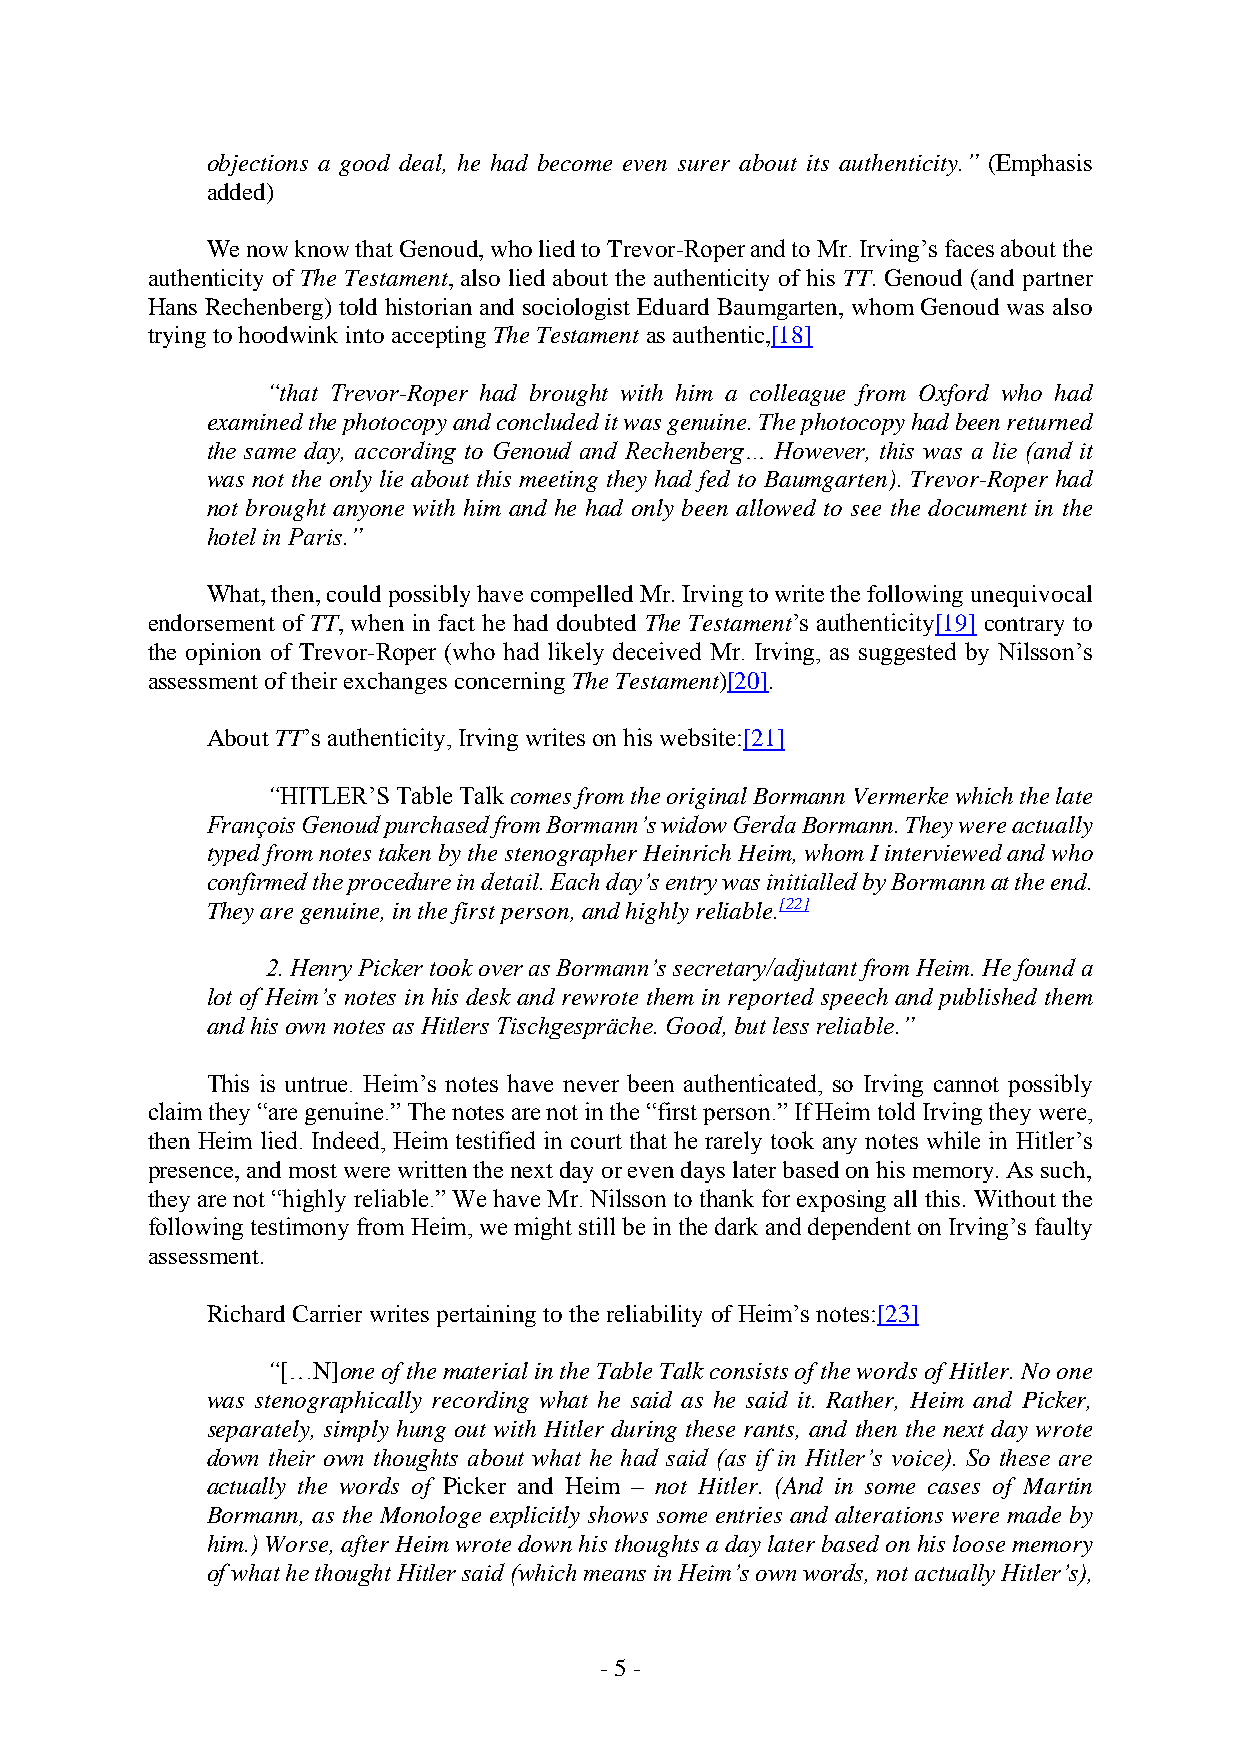
objections a good deal, he had become even surer about its authenticity.” (Emphasis
 added)
 We now know that Genoud, who lied to Trevor-Roper and to Mr. Irving’s faces about the
 authenticity of The Testament, also lied about the authenticity of his TT. Genoud (and partner
 Hans Rechenberg) told historian and sociologist Eduard Baumgarten, whom Genoud was also
 trying to hoodwink into accepting The Testament as authentic,[18]
 “that Trevor-Roper had brought with him a colleague from Oxford who had
 examined the photocopy and concluded it was genuine. The photocopy had been returned
 the same day, according to Genoud and Rechenberg… However, this was a lie (and it
 was not the only lie about this meeting they had fed to Baumgarten). Trevor-Roper had
 not brought anyone with him and he had only been allowed to see the document in the
 hotel in Paris.”
 What, then, could possibly have compelled Mr. Irving to write the following unequivocal
 endorsement of TT, when in fact he had doubted The Testament’s authenticity[19] contrary to
 the opinion of Trevor-Roper (who had likely deceived Mr. Irving, as suggested by Nilsson’s
 assessment of their exchanges concerning The Testament)[20].
 About TT’s authenticity, Irving writes on his website:[21]
 “HITLER’S Table Talk comes from the original Bormann Vermerke which the late
 François Genoud purchased from Bormann’s widow Gerda Bormann. They were actually
 typed from notes taken by the stenographer Heinrich Heim, whom I interviewed and who
 confirmed the procedure in detail. Each day’s entry was initialled by Bormann at the end.
 They are genuine, in the first person, and highly reliable.[22]
 2. Henry Picker took over as Bormann’s secretary/adjutant from Heim. He found a
 lot of Heim’s notes in his desk and rewrote them in reported speech and published them
 and his own notes as Hitlers Tischgespräche. Good, but less reliable.”
 This is untrue. Heim’s notes have never been authenticated, so Irving cannot possibly
 claim they “are genuine.” The notes are not in the “first person.” If Heim told Irving they were,
 then Heim lied. Indeed, Heim testified in court that he rarely took any notes while in Hitler’s
 presence, and most were written the next day or even days later based on his memory. As such,
 they are not “highly reliable.” We have Mr. Nilsson to thank for exposing all this. Without the
 following testimony from Heim, we might still be in the dark and dependent on Irving’s faulty
 assessment.
 Richard Carrier writes pertaining to the reliability of Heim’s notes:[23]
 “[…N]one of the material in the Table Talk consists of the words of Hitler. No one
 was stenographically recording what he said as he said it. Rather, Heim and Picker,
 separately, simply hung out with Hitler during these rants, and then the next day wrote
 down their own thoughts about what he had said (as if in Hitler’s voice). So these are
 actually the words of Picker and Heim – not Hitler. (And in some cases of Martin
 Bormann, as the Monologe explicitly shows some entries and alterations were made by
 him.) Worse, after Heim wrote down his thoughts a day later based on his loose memory
 of what he thought Hitler said (which means in Heim’s own words, not actually Hitler’s),
 - 5 -